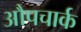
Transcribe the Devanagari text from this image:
औपचार्क